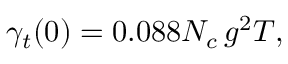
\gamma _ { t } ( 0 ) = 0 . 0 8 8 N _ { c } \, g ^ { 2 } T ,